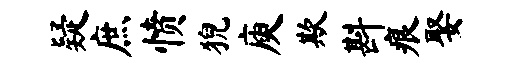
疑庶愤猊庾欺斟痕娶